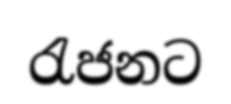
රැජනට